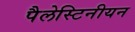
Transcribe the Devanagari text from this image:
पैलेस्टिनीयन